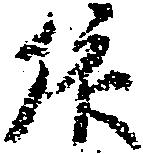
依